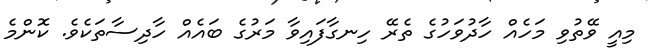
މިއީ ވޭތުވި މަހެއް ހާދުވަހުގެ ތެރޭ ހިނގާފައިވާ މަރުގެ ބައެއް ހާދިސާތަކެވެ. ކޮންމެ